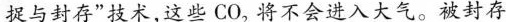
捉与封存”技术，这些CO_{2}将不会进入大气。被封存